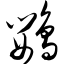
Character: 鹦